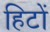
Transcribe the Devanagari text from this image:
हिटों